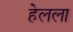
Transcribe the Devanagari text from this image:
हेलला